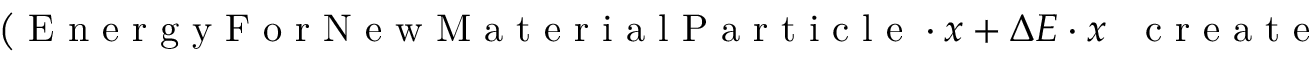
\left( \mathrm { ~ E ~ n ~ e ~ r ~ g ~ y ~ F ~ o ~ r ~ N ~ e ~ w ~ M ~ a ~ t ~ e ~ r ~ i ~ a ~ l ~ P ~ a ~ r ~ t ~ i ~ c ~ l ~ e ~ } \cdot x + \Delta E \cdot x \mathrm { ~ \textsubscript ~ { ~ c ~ r ~ e ~ a ~ t ~ e ~ } ~ } \right)